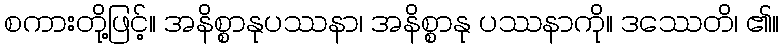
စကားတို့ဖြင့်။ အနိစ္စာနုပဿနာ၊ အနိစ္စာနု ပဿနာကို။ ဒဿေတိ၊ ၏။